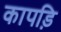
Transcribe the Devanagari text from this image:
कापड़ि